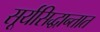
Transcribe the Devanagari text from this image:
सूर्यसिद्धान्तात